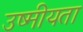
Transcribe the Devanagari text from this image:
उष्मीयता